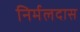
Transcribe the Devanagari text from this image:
निर्मलदास